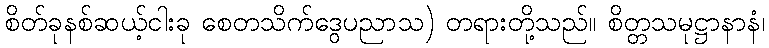
စိတ်ခုနစ်ဆယ့်ငါးခု စေတသိက်ဒွေပညာသ) တရားတို့သည်။ စိတ္တသမုဋ္ဌာနာနံ၊